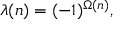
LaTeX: \lambda ( n ) = ( - 1 ) ^ { \Omega ( n ) } ,